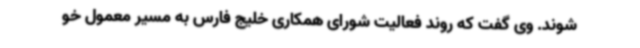
شوند. وی گفت که روند فعالیت شورای همکاری خلیج فارس به مسیر معمول خو